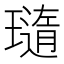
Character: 𤩼